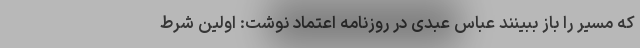
که مسیر را باز ببینند عباس عبدی در روزنامه اعتماد نوشت: اولین شرط